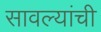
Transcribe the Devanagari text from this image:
सावल्यांची